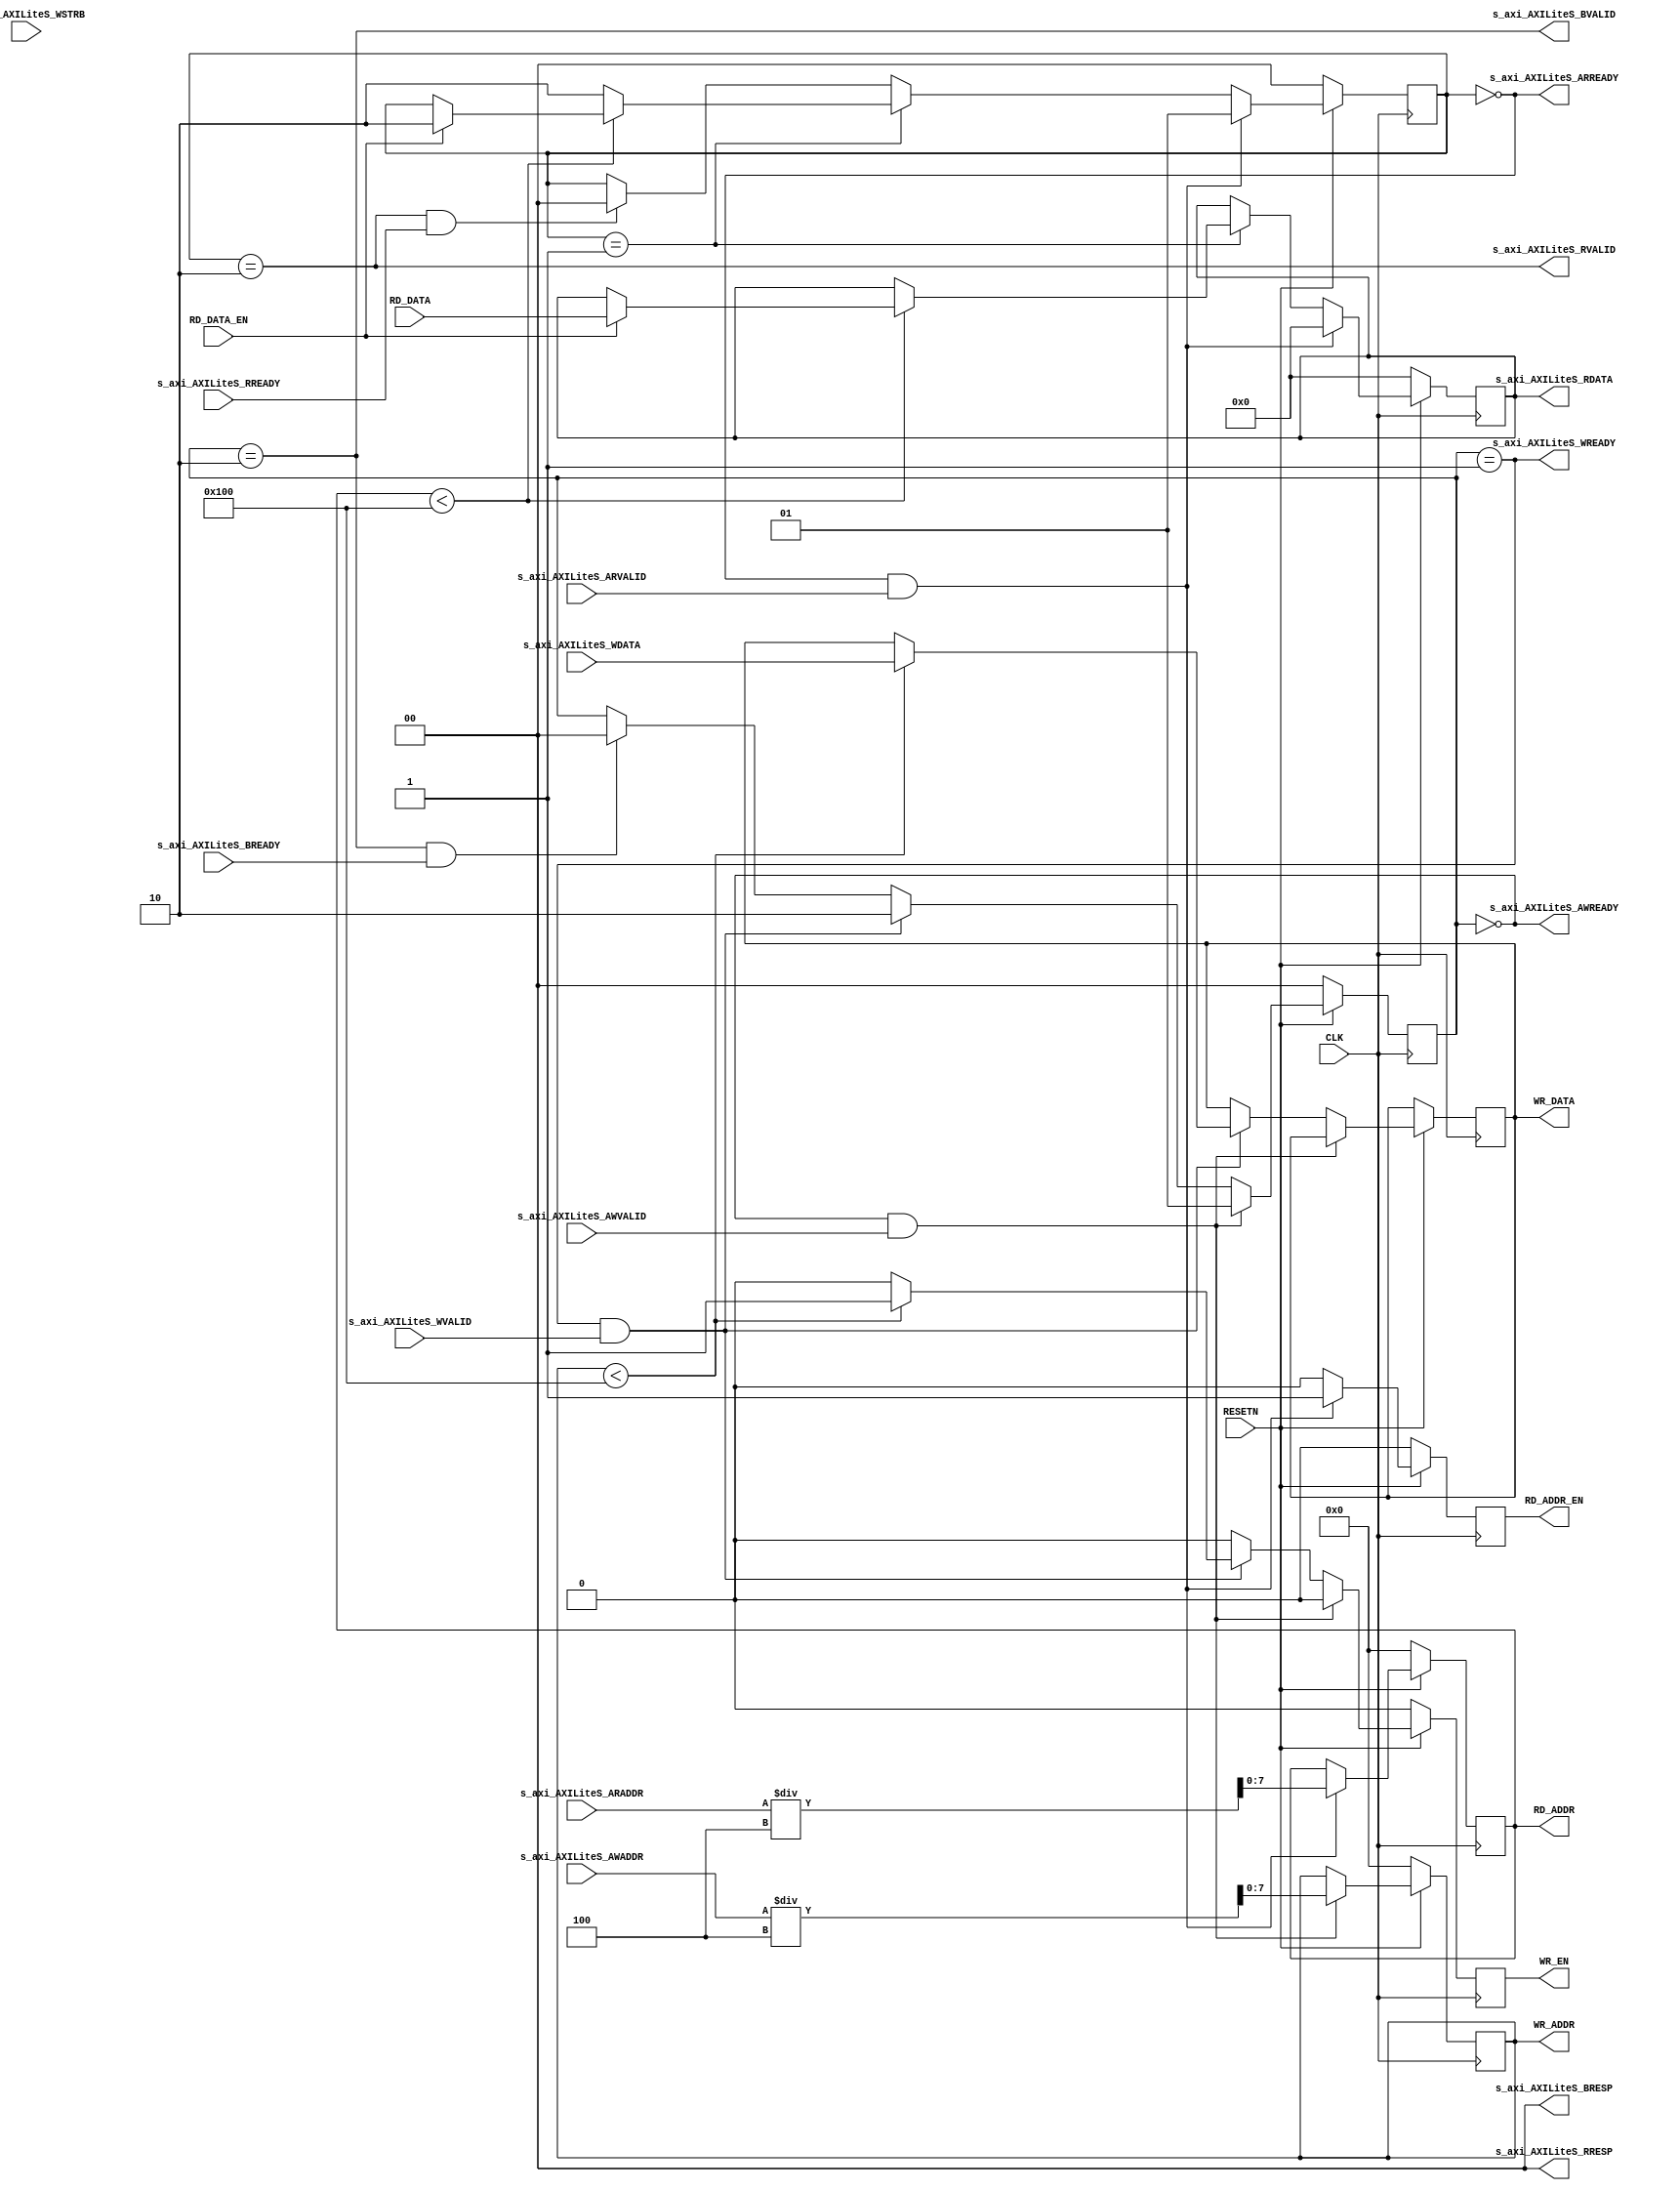

// Copyright (C) Akira Higuchi  ( https://github.com/ahiguti )
// Copyright (C) DeNA Co.,Ltd. ( https://dena.com )
// All rights reserved.
// See COPYRIGHT.txt for details

module axilite_regs(
CLK, RESETN,
s_axi_AXILiteS_AWVALID,
s_axi_AXILiteS_AWREADY,
s_axi_AXILiteS_AWADDR,
s_axi_AXILiteS_WVALID,
s_axi_AXILiteS_WREADY,
s_axi_AXILiteS_WDATA,
s_axi_AXILiteS_WSTRB,
s_axi_AXILiteS_ARVALID,
s_axi_AXILiteS_ARREADY,
s_axi_AXILiteS_ARADDR,
s_axi_AXILiteS_RVALID,
s_axi_AXILiteS_RREADY,
s_axi_AXILiteS_RDATA,
s_axi_AXILiteS_RRESP,
s_axi_AXILiteS_BVALID,
s_axi_AXILiteS_BREADY,
s_axi_AXILiteS_BRESP,
RD_ADDR_EN, RD_ADDR, RD_DATA_EN, RD_DATA,
WR_EN, WR_ADDR, WR_DATA
);
parameter ADDR_WIDTH = 8;
input CLK;
input RESETN;
input s_axi_AXILiteS_AWVALID;
output s_axi_AXILiteS_AWREADY;
input [7:0] s_axi_AXILiteS_AWADDR;
input s_axi_AXILiteS_WVALID;
output s_axi_AXILiteS_WREADY;
input [31:0] s_axi_AXILiteS_WDATA;
input [3:0] s_axi_AXILiteS_WSTRB;
input s_axi_AXILiteS_ARVALID;
output s_axi_AXILiteS_ARREADY;
input [7:0] s_axi_AXILiteS_ARADDR;
output s_axi_AXILiteS_RVALID;
input s_axi_AXILiteS_RREADY;
output [31:0] s_axi_AXILiteS_RDATA;
output [1:0] s_axi_AXILiteS_RRESP;
output s_axi_AXILiteS_BVALID;
input s_axi_AXILiteS_BREADY;
output [1:0] s_axi_AXILiteS_BRESP;
output RD_ADDR_EN;
output [ADDR_WIDTH-1:0] RD_ADDR;
input RD_DATA_EN;
input [31:0] RD_DATA;
output WR_EN;
output [ADDR_WIDTH-1:0] WR_ADDR;
output [31:0] WR_DATA;

reg [1:0] rstate;
reg [7:0] raddr;
reg rd_addr_en;
reg [31:0] rd_data;
reg [1:0] wstate;
reg [7:0] waddr;
reg [31:0] wr_data;
reg wr_en;

localparam wstate_idle = 2'd0;
localparam wstate_data = 2'd1;
localparam wstate_resp = 2'd2;
localparam rstate_idle = 2'd0;
localparam rstate_busy = 2'd1;
localparam rstate_data = 2'd2;

assign s_axi_AXILiteS_AWREADY = (wstate == wstate_idle);
assign s_axi_AXILiteS_WREADY = (wstate == wstate_data);
assign s_axi_AXILiteS_ARREADY = (rstate == rstate_idle);
assign s_axi_AXILiteS_RVALID = (rstate == rstate_data);
assign s_axi_AXILiteS_RDATA = rd_data;
assign s_axi_AXILiteS_RRESP = 0;
assign s_axi_AXILiteS_BVALID = (wstate == wstate_resp);
assign s_axi_AXILiteS_BRESP = 0;

assign WR_EN = wr_en;
assign WR_ADDR = waddr;
assign WR_DATA = wr_data;
assign RD_ADDR_EN = rd_addr_en;
assign RD_ADDR = raddr;

integer j;
always @(posedge CLK) begin
  if (!RESETN) begin
    wstate <= wstate_idle;
    rstate <= rstate_idle;
    waddr <= 0;
    rd_addr_en <= 0;
    raddr <= 0;
    rd_data <= 0;
    wr_en <= 0;
  end else begin
    rd_addr_en <= 0;
    wr_en <= 0;
    if (wstate == wstate_idle && s_axi_AXILiteS_AWVALID) begin
      waddr <= s_axi_AXILiteS_AWADDR / 4;
      wstate <= wstate_data;
    end else if (wstate == wstate_data && s_axi_AXILiteS_WVALID) begin
      if (waddr < (1 << ADDR_WIDTH)) begin
        wr_data = s_axi_AXILiteS_WDATA;
        wr_en <= 1;
      end
      wstate <= wstate_resp;
    end else if (wstate == wstate_resp && s_axi_AXILiteS_BREADY) begin
      wstate <= wstate_idle;
    end
    if (rstate == rstate_idle && s_axi_AXILiteS_ARVALID) begin
      raddr <= s_axi_AXILiteS_ARADDR / 4;
      rd_addr_en <= 1;
      rd_data <= 0;
      rstate <= rstate_busy;
    end else if (rstate == rstate_busy) begin
      if (raddr < (1 << ADDR_WIDTH)) begin
        if (RD_DATA_EN) begin
          rd_data <= RD_DATA;
          rstate <= rstate_data;
        end
      end else begin
        rstate <= rstate_data;
      end
    end else if (rstate == rstate_data && s_axi_AXILiteS_RREADY) begin
      rstate <= rstate_idle;
    end
  end
end

endmodule